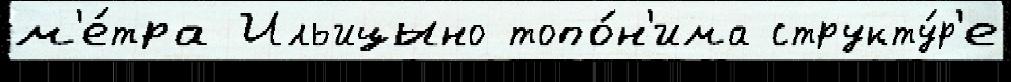
м'е́тра Ильицыно топо́н'има структу́р'е